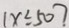
( x \leq 5 0 )